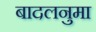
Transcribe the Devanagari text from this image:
बादलनुमा